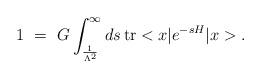
LaTeX: \begin{align*}1\,\, = \,\,G\int_{\frac{1}{\Lambda^2}}^{\infty}ds \, \mbox{tr} <x|e^{-sH}|x>.\end{align*}